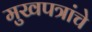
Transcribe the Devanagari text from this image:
मुखपत्रांचे